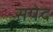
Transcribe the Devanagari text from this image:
सपेद